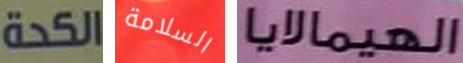
الكحة السلامة الهيمالايا